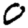
Digit: 0